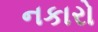
નકારો